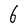
Character: 6